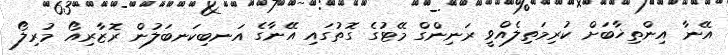
އޭނާ އިންތިޚާބަށް ކުރިމަތިލެއްވީ ރަނިންގް މޭޓުގެ ގޮތުގައި އޭނާގެ އަނބިކަނބަލުން ރޮޒާރިއޯ މުރިލޯ